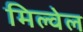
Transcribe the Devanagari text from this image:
मिल्वेल